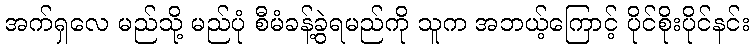
အက်ရှလေ မည်သို့ မည်ပုံ စီမံခန့်ခွဲရမည်ကို သူက အဘယ့်ကြောင့် ပိုင်စိုးပိုင်နင်း